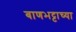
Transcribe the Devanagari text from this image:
बाणभट्टाच्या